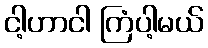
ငါ့ဟာငါ ကြံပါ့မယ်